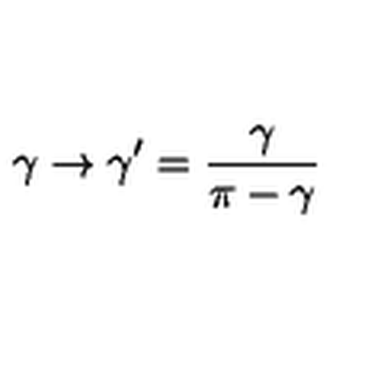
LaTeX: \gamma \to \gamma ^ { \prime } = \frac { \gamma } { \pi - \gamma }